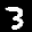
Label: 3